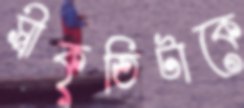
স্বীকৃতিটাকে